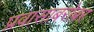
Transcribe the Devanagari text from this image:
प्रवासाबरोबर